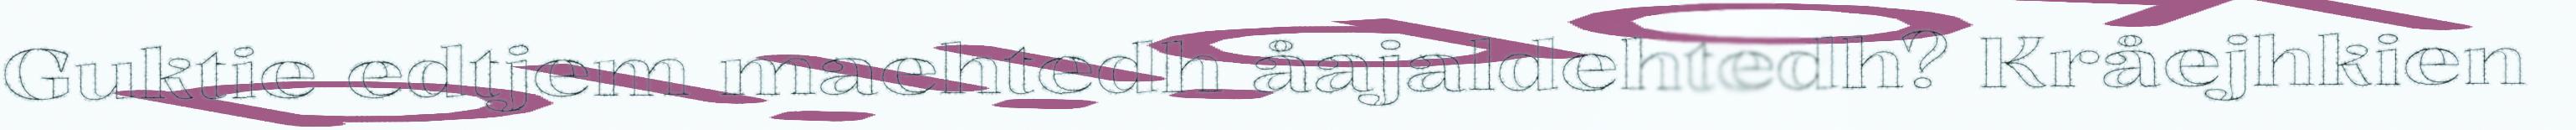
Guktie edtjem maehtedh åajaldehtedh? Kråejhkien